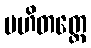
ပဟိတတ္တေ